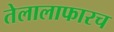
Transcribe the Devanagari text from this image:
तेलालाफारच